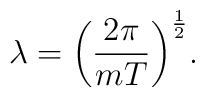
\lambda = \biggl( { 2 \pi \over m T } \biggr)^{1 \over 2}.